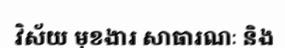
វិស័យ មុខងារ សាធារណៈ និង